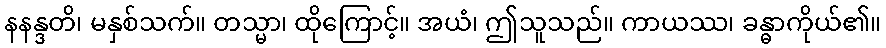
နနန္ဒတိ၊ မနှစ်သက်။ တသ္မာ၊ ထိုကြောင့်။ အယံ၊ ဤသူသည်။ ကာယဿ၊ ခန္ဓာကိုယ်၏။